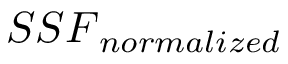
{ S S F } _ { n o r m a l i z e d }